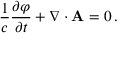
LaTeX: { \frac { 1 } { c } } { \frac { \partial \varphi } { \partial t } } + \nabla \cdot \mathbf { A } = 0 \, .